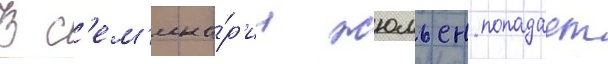
В с'ем'ина́р'ии жюльен попадает